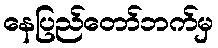
နေပြည်တော်ဘက်မှ